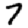
Digit: 7